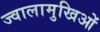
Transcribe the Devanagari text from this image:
ज्वालामुखिओं